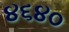
૪૬૪૦